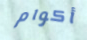
أكوام